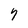
Character: 7